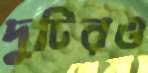
দুটিরও